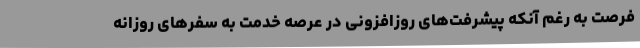
فرصت به رغم آنکه پیشرفت‌های روزافزونی در عرصه خدمت به سفرهای روزانه